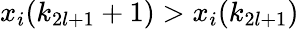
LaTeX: x_{i}(k_{2l+1}+1)>x_{i}(k_{2l+1})